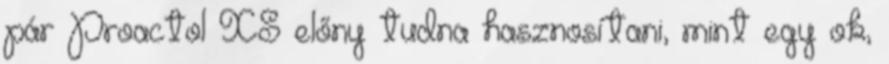
pár Proactol XS előny tudna hasznosítani, mint egy ok,